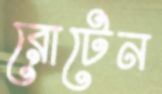
রোটেন